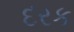
દરક